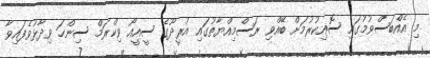
މި އެއްބަސްވުމުގައި ސޮއިކުރުމަށް ބޭއްވި ރަސްމިއްޔާތުގައި އުރީދޫގެ ސީއީއޯ ވިކްރަމް ސިންހަ ވިދާޅުވެފައިވާ